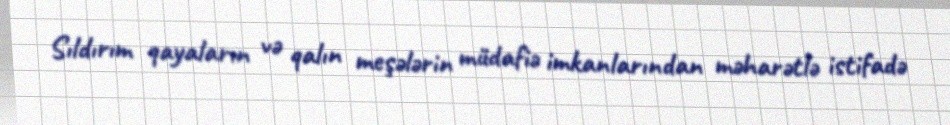
Sıldırım qayaların və qalın meşələrin müdafiə imkanlarından məharətlə istifadə